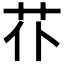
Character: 𦬙